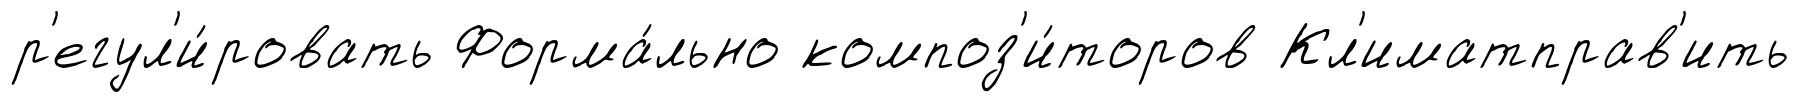
р'егул'и́ровать Форма́льно композ'и́торов Кл'иматправ'ить